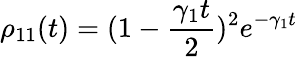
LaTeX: \rho_{11}(t)=(1-\frac{\gamma_{1}t}{2})^{2}e^{-\gamma_{1}t}